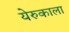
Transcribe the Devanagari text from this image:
येरुकाला